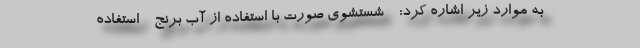
به موارد زیر اشاره کرد: - شستشوی صورت با استفاده از آب برنج - استفاده